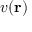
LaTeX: v ( \mathbf { r } )